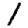
Digit: 1